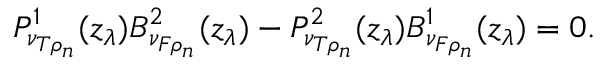
P _ { \nu _ { T \rho _ { n } } } ^ { 1 } ( z _ { \lambda } ) B _ { \nu _ { F \rho _ { n } } } ^ { 2 } ( z _ { \lambda } ) - P _ { \nu _ { T \rho _ { n } } } ^ { 2 } ( z _ { \lambda } ) B _ { \nu _ { F \rho _ { n } } } ^ { 1 } ( z _ { \lambda } ) = 0 .